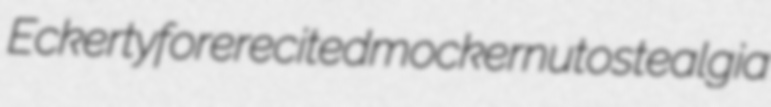
Eckerty forerecited mockernut ostealgia